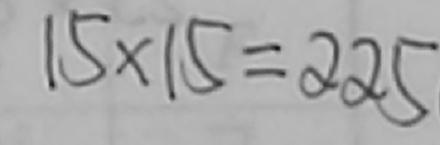
1 5 \times 1 5 = 2 2 5